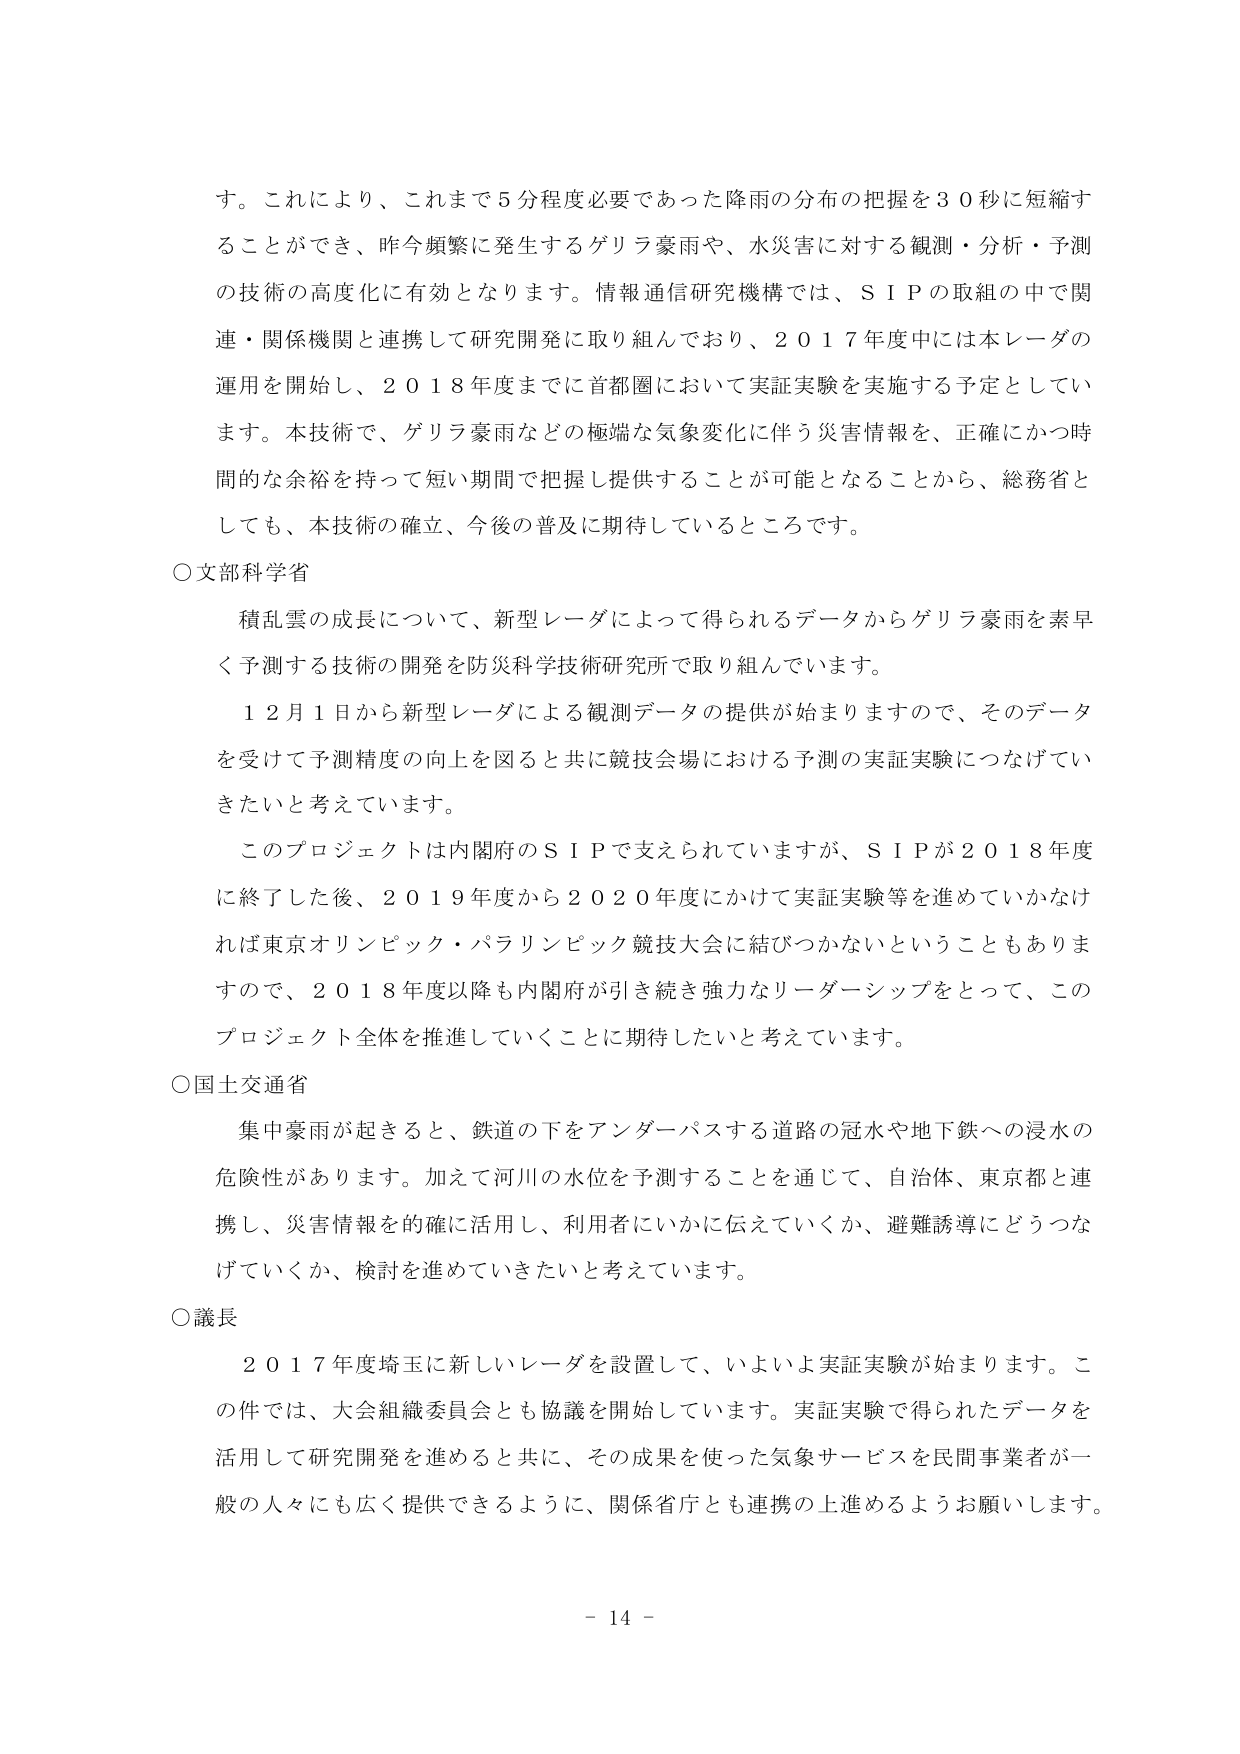
す。これにより、これまで５分程度必要であった降雨の分布の把握を３０秒に短縮することができ、昨今頻繁に発生するゲリラ豪雨や、水災害に対する観測・分析・予測の技術の高度化に有効となります。情報通信研究機構では、ＳＩＰの取組の中で関連・関係機関と連携して研究開発に取り組んでおり、２０１７年度中には本レーダの運用を開始し、２０１８年度までに首都圏において実証実験を実施する予定としています。本技術で、ゲリラ豪雨などの極端な気象変化に伴う災害情報を、正確にかつ時間的な余裕を持って短い期間で把握し提供することが可能となることから、総務省としても、本技術の確立、今後の普及に期待しているところです。

○文部科学省
　積乱雲の成長について、新型レーダによって得られるデータからゲリラ豪雨を素早く予測する技術の開発を防災科学技術研究所で取り組んでいます。
　１２月１日から新型レーダによる観測データの提供が始まりますので、そのデータを受けて予測精度の向上を図ると共に競技会場における予測の実証実験につなげていきたいと考えています。
　このプロジェクトは内閣府のＳＩＰで支えられていますが、ＳＩＰが２０１８年度に終了した後、２０１９年度から２０２０年度にかけて実証実験等を進めていかなければ東京オリンピック・パラリンピック競技大会に結びつかないということもありま すので、２０１８年度以降も内閣府が引き続き強力なリーダーシップをとって、このプロジェクト全体を推進していくことに期待したいと考えています。

○国土交通省
　集中豪雨が起きると、鉄道の下をアンダーパスする道路の冠水や地下鉄への浸水の危険性があります。加えて河川の水位を予測することを通じて、自治体、東京都と連携し、災害情報を的確に活用し、利用者にいかに伝えていくか、避難誘導にどうつなげていくか、検討を進めていきたいと考えています。

○議長
　２０１７年度埼玉に新しいレーダを設置して、いよいよ実証実験が始まります。この件では、大会組織委員会とも協議を開始しています。実証実験で得られたデータを活用して研究開発を進めると共に、その成果を使った気象サービスを民間事業者が一般の人々にも広く提供できるように、関係省庁とも連携の上進めるようお願いします。

－ 14 －